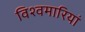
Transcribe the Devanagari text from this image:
विश्वमारियां